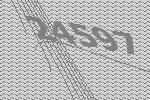
24597